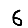
Digit: 6